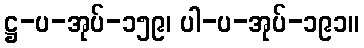
ဋ္ဌ-ပ-အုပ်-၁၅၉၊ ပါ-ပ-အုပ်-၁၉၁။